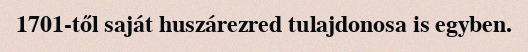
1701-től saját huszárezred tulajdonosa is egyben.